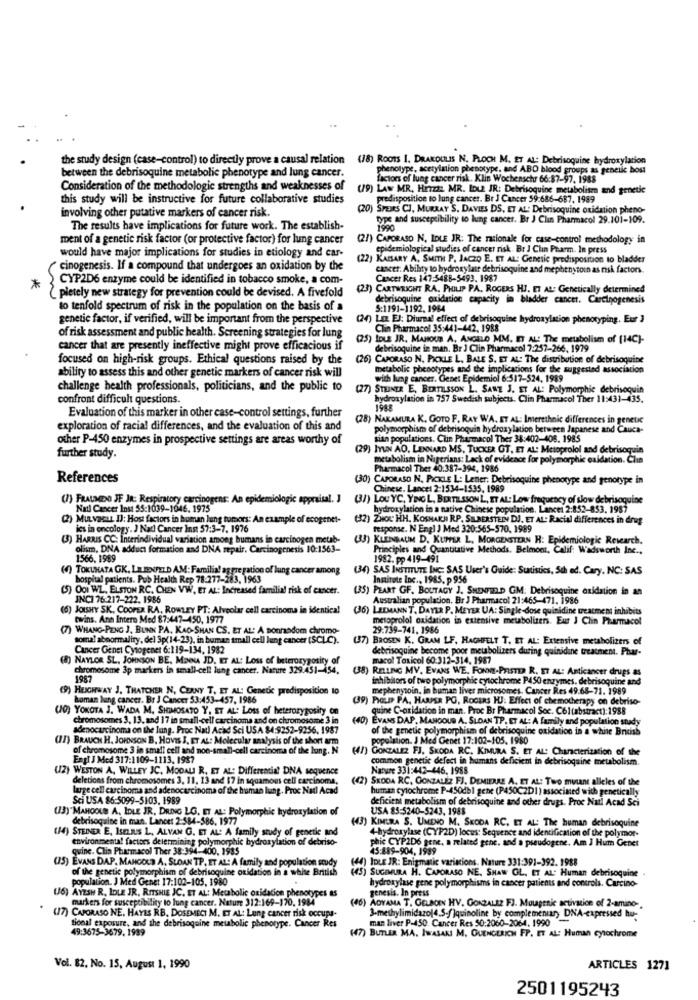
the study design (case-control) to directly prove a causal relation (18) Roots I. DRAKOULIS N. PLOCH M. ET AL: Debrisoquine hydroxylation
between the debrisoquine metabolic phenotype and lung cancer.
phenotype, acetylation phenotype. and ABD blood groups as genetic boss
factors of lung cancer risk. Klin Wochenschur 66:87-97. 1988
Consideration of the methodologie strengths and weaknesses of
(9) LAW MR. HITZE MR. IDLE JR: Debrisoquine metabolism and genetic
this study will be instructive for future collaborative studies
predisposition to lung cancer. Br J Cancer 59-686-687, 1989
involving other putative markers of cancer risk.
0) SPEIRS CI, MURRAY S. DAVIES DS, ET AL: Debrisoquine oxidation pheno-
typs and susceptibility to lung cancer. Br J Clin Pharmacol 29.101-109.
The results have implications for future work. The establish-
ment of a genetic risk factor (or protective factor) for lung cancer
(27) CAPORASO N, IDLE JR: The rationale for case-control methodology in
epidemiological studies of cancer risk. Br J Clin Pharm. In press
would have major implications for studies in etiology and car-
(22) KAISARY A, SMITH P. JACZO E. ET AL: Genetic predisposition to bladder
cinogenesis. If a compound that undergoes an oxidation by the
cancer. Ability to hydroxylase debrisoquine and mephenytoin as mak factors ..
CYP2D6 enzyme could be identified in tobacco smoke, a com-
Cancer Res 147:5488-5493. 1987
*
(23) CARTWRIGHT RA. PHILIP PA. ROGERS HI. ET AL: Genetically determined
2 pletely new strategy for prevention could be devised. A fivefold
debrisoquine oxidation capacity in bladder cancer. Carcinogenesis
to tenfold spectrum of risk in the population on the basis of a
S:1191-1192. 1984
genetic factor, if verified, will be important from the perspective
(24) Luz EJ: Diurna! effect of debrisoquine hydroxylation phenotyping. Eur 3
Clin Pharmacol 35:441-442, 1988
of risk assessment and public health. Screening strategies for lung
(25) IDLE JR. MAHOUS A. ANGELO MM. I AL: The metabolism of [14C)-
cancer that are presently ineffective might prove efficacious if
de brisoquine in man. Br J Clin Pharmacol 7:257-266. 1979
focused on high-risk groups. Ethical questions raised by the
(26) CAPORASO N. PICKLE L. BALE S. ET AL: The distribution of debrisoquine
ability to assess this and other genetic markers of cancer risk will
metabolic phenotypes and the implications for the suggested association
with lung cancer. Genet Epidemiol 6:517-524, 1989
challenge health professionals, politicians, and the public to
STEINER E, BERTILSSON L. SAWE J. ET AL: Polymorphic debrisoquin
confront difficult questions.
hydroxylation in 757 Swedish subjects. Clin Pharmacol Ther 11:431-435.
Evaluation of this marker in other case-control settings, further
1988
)NAKAMURA K. GOTO F. RAY WA. ET AL: Imerethnic differences in genetic
exploration of racial differences, and the evaluation of this and
polymorphism of debrisoquin hydroxy lation between Japanese and Cauca-
other P-450 enzymes in prospective settings are areas worthy of
sian populations. Clin Pharmacol Ther 38:402-406. 1985
(29) IYUN AO. LENNARD MS. TUCKER GT, ET AL: Metoprolol and debrisoquin
further study.
metabolism in Nigerians: Lack of evidence for polymorphic oxidation. Chia
Pharmacol Ther 40:387-394, 1986
References
(30) CAPORASO N. PICKLE L: Letter; Debrisoquine phenotype and genotype in
Chinese. Lancet 2-1534-1535, 1989
(7) FRAUMDO JF JR: Respiratory carcinogens: An epidemiologic appraisal. ] (3/) Lou YC, YINGL, BERTILSSON L, ET AL: Low frequency of slow debrisaquine
Natl Cancer Inst 55:1039-1046. 1975
hydroxylation in a native Chinese population. Lancet 2:852-853. 1987
(2) Muvacu I): Host factors in human lung tambors: An example of ecogenet-
(32) ZUHOL HH. KOSHARA RP, SILBERSTEIN DJ. ET AL. Racial differences in drug
ics in oncology. J Nadl Cancer Inst 57:3-7. 1976
response. N Engl J Med 320:565-570, 1989
(3) HARRIS CC: Interindividual variation among humans in carcinogen metab-
(33) KLEINBAUM D. KUPFER L, MORGENSTERN H: Epidemiologic Research.
olism, DNA adduct formation and DNA repair. Carcinogenesis 10:1563-
Principles and Quantitative Methods. Belmont, Calif: Wadsworth Inc .,
1566. 1989
1982. pp 419-491
(O) TOKUHATA GK. LELIENFELD AM: Familia! ag gre gation of lung cancer among
(34) SAS INSTITUTE INC: S.AS User's Guide: Suristics, 5th ed. Cary. NC: SAS
hospital patients. Pub Health Rep 78.277-283, 1963
Insitote Inc ., 1985. p 956
(5) OOI WL. ELSTON RC. CHEN VW. ET AL: Increased familial risk of cancer.
(35) PEART GF. BOUTAGY J. SHENFERD GM: Debrisoquine oxidation in an
JNCI 76-217-222. 1986
Australian population. Br J Pharmacol 21:465-471. 1986
(6) JOISHY SK. COOPER RA, ROWLEY PT: Alveolar cell carcinoma in identical
(36) LEEMANN T. DAYER P. MEYER UA: Single-dose quinidine treatment inhibits
twins. Ann Intern Med 87:447-450, 1977
metoprolol oxidation in extensive metabolizers. Eur J Clin Pharmacol
(7) WHANG-PENG J. BUNN PA, KAO-SHAN CS. ET AL' A Bonradom chromo-
29.739-741. 1986
somal aboormaliry, del 3p(14-23), in human small cell lung cancer (SCLC).
(37) BROSEN K. GRAM LF, HAGHFELT T. ET AL: Extensive metabolizers of
Cancer Genet Cytogenet 6:119-134. 1982
debrisoquine become poor metabolizers during quinidine treatment. Phar-
8) NAYLOR SL. JOHNSON BE, MENNA JD. ET AL: Loss of beterozyposity of
macol Toxicol 60:312-314, 1987
chromosome 3p markers in small-cell lung cancer. Nantre 329.451-454.
(38) RELLING MV. EVANS WE. FONME-PRISTED R. ET AL: Anticancer drugs as
1987
inhibitors of two polymorphic cytochrome P450 enzymes. debrisoquine and
HEIGHWAY J. THATCHER N, CERNY T, ET AL: Genetic predisposition to
mephenysoin, in human liver microsomes. Cancer Res 49.68-71. 1989
homan lung cancer. Br J Cancer 53:453-457, 1986
(39) PIGLIP PA. HARPER PO, ROGERS HUJ: Effect of chemotherapy on debriso-
(O) YOKOTA J. WADA M. SHIMOSATO Y, ET AL: Loss of heterozygosity on
quine C-oxidation in man. Proc Br Pharmacol Soc. C61(abstract):1988
chromosomes 3, 13, and 17 in small-cell carcinoma and on chromosome 3 in
(40) EVANS DAP, MANGOUS A. SLOAN TP. ET AL: A family and population snady
adenocarcinoma on the lung. Proc Natl Acad Sci USA $4:9252-9256. 1987
of the genetic polymorphism of debrisoquine oxidation in a white British
(I) BRAUCH H. JOHNSON B. HOVIS S, ET AL: Molecular analysis of the short arm
opulation. J Med Genet 17:102-105. 1980
of chromosome 3 in small cell and non-small-cell carcinoma of the lung. N
(47) GONZALEZ FJ. SKODA RC, KIMURA S. ET AL: Characterization of the
Engl J Med 317:1109-1113, 1987
common genetic defect in humans deficient in debrisoquine metabolism.
(2)
WESTON A, WILLEY JC, MODALI R. ET AL. Differential DNA sequence
Nature 331:442-446. 1988
deletions from chromosomes 3, 11, 13 and 17 in squamous cell carcinoma
((2) SKODA RC. GONZALEZ FJ, DEMIERAE A. ET AL: Two mutant alleles of the
large cell carcinoma and adenocarcinoma of the human lung. Proc Natl Acad
human cytochrome P-450db1 gene (P450C2D1) associated with genetically
Sci USA 86:5099-5103. 1989
deficient metabolism of debrisoquine and other drugs. Proc Natl Acad Sci
(3)"MAHOOUE A, IDLE JR, DRING LG. ET AL: Polymorphic hydroxylation of
USA 85:5240-5243, 1988
debrisoquine in man. Lancet 2-584-586, 1977
(43) KIMURA S. UMENO M. SKODA RC. ET AL: The human debrisoquine
(14) STEINER E, ISELILS L, ALVAN G. ET AL: A family study of genetic and
4-hydroxylase (CYP2D) locus: Sequence and identification of the polymor-
environmental factors determining polymorphic hydroxylation of debriso-
phic CYP2D6 gene, a related gene, and a pseudogene. Am J Hum Genet
gwine. Clin Pharmacol Ther 38-394-400, 1985
45:889-904, 1989
(5) EVANS DAP, MANGOLD A, SLOAN TP, ET AL: A family and population study
(44) IDLE JR: Enigmatic variations. Nature 331:391-392. 1988
of the genetic polymorphism of debrisoquine oxidation in a white British
(45) SUGIMURA H. CAPORASO NE. SHAW GL. ET AL. Human debrisoquine
population. J Med Genet 17:102-105, 1980
(6) AYESH R, IDLE JR, RITSHIE JC, ET AL: Metabolic oxidation phenotypes as
genesis. In press
hydroxylase gene polymorphisms in cancer patients and controls. Carcino-
markers for susceptibility to lung cancer. Nature 312:169-170, 1984
(46) AOYAMA T. GELADEN HV. GONZALEZ F3. Mougenic activation of 2-amino-
(17) CAPORASO NE. HAYES RB, DOSEMECI M. ET AL: Lung cancer risk occupa
tional exposure, and the debrisoquine metabolic phenotype. Cancer Res
man liver P-450 Cancer Res 50:2060-2064. 1990
3-methylimidazol4.S.f ]quinoline by complementary DNA-expressed hu-
49:3675-3679. 1989
(7) BUTLER MA. IWASAKI M. QUENCERICH FP. ET AL: Human cytochrome
Vol. 82. No. 15, August 1, 1990
ARTICLES 1271
2501195243